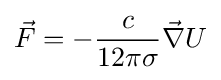
{\vec {F}}=-{\frac {c}{12\pi \sigma }}{\vec {\nabla }}U